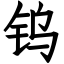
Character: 钨